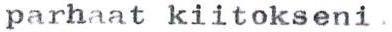
parhaat kiitokseni.